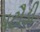
પટૌડી